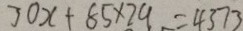
3 0 x + 8 5 \times 2 9 = 4 3 7 3